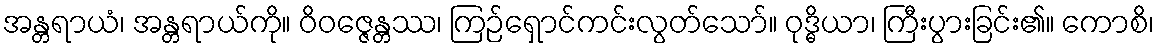
အန္တရာယံ၊ အန္တရာယ်ကို။ ဝိဝဇ္ဇေန္တဿ၊ ကြဉ်ရှောင်ကင်းလွတ်သော်။ ဝုဒ္ဓိယာ၊ ကြီးပွားခြင်း၏။ ကောစိ၊